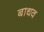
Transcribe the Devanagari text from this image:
बाधव